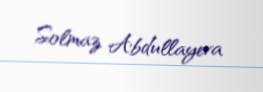
Solmaz Abdullayeva